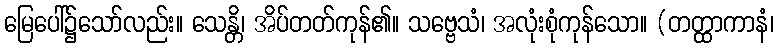
မြေပေါ်၌သော်လည်း။ သေန္တိ၊ အိပ်တတ်ကုန်၏။ သဗ္ဗေသံ၊ အလုံးစုံကုန်သော။ (တတ္ထာကာနံ၊